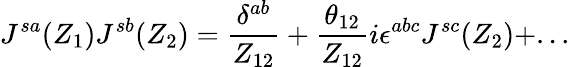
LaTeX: J^{sa}(Z_{1})J^{sb}(Z_{2})=\frac{\delta^{ab}}{Z_{12}}+\frac{\theta_{12}}{Z_{12}}i\epsilon^{abc}J^{sc}(Z_{2})+...